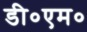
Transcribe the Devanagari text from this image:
डी०एम०